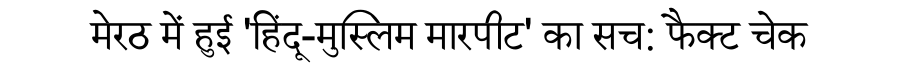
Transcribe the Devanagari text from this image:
मेरठ में हुई 'हिंदू-मुस्लिम मारपीट' का सच: फैक्ट चेक